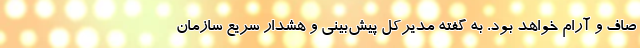
صاف و آرام خواهد بود. به گفته مدیرکل پیش‌بینی و هشدار سریع سازمان